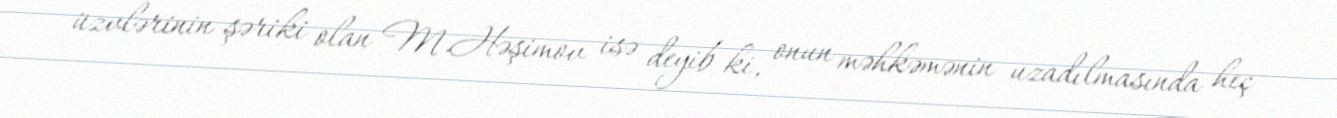
üzvlərinin şəriki olan M.Həşimov isə deyib ki, onun məhkəmənin uzadılmasında heç